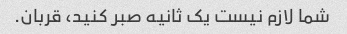
شما لازم نیست یک ثانیه صبر کنید، قربان.